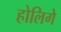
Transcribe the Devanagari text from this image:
होलिगे